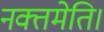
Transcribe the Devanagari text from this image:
नक्तमेति।